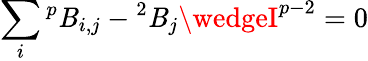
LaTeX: \sum_{i}{^{p}\mathit{B}_{i,j}}-{}^{2}\mathit{B}_{j}\wedgeI^{p-2}=0